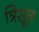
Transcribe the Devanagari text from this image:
त्रिसूत्र